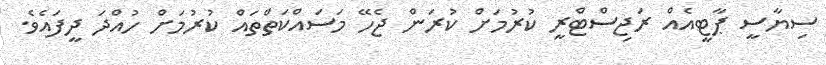
ސިޔާސީ ޕާޓީއެއް ރަޖިސްޓްރީ ކުރުމަށް ކުރަން ޖެހޭ މަސައްކަތްތައް ކުރުމަށް ހުއްދަ ދީފައެވެ.